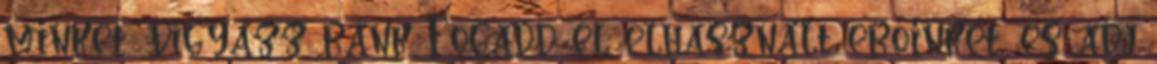
minket, vigyázz ránk Fogadd el elhasznált erőinket, és adj